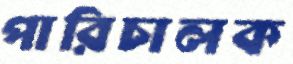
পারিচালক